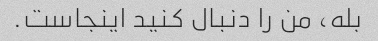
بله، من را دنبال کنید اینجاست.